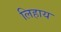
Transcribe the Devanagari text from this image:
लिहाय